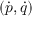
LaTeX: ( { \dot { p } } , { \dot { q } } )